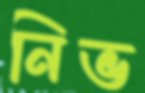
নিভ